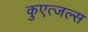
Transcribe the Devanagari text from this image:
कुएत्जल्स